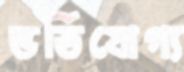
ভর্তিযোগ্য